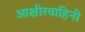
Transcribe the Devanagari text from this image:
आक्षीरवाहिनी